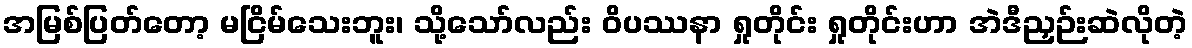
အမြစ်ပြတ်တော့ မငြိမ်သေးဘူး၊ သို့သော်လည်း ဝိပဿနာ ရှုတိုင်း ရှုတိုင်းဟာ အဲဒီညှဉ်းဆဲလိုတဲ့